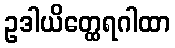
ဥဒါယိတ္ထေရဂါထာ